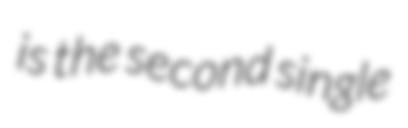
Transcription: is the second single